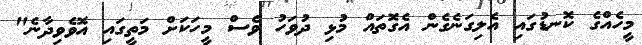
މީހެއްގެ ކޮނޑުގައި އެލިގަނެގެން އެގޮތައް މުޅި ދުވަހު ވެސް މީހަކަށް މަތީގައި އޮވެވިދާނެ"